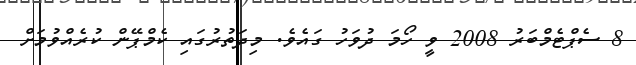
8 ސެޕްޓެމްބަރު 2008 ވީ ހޯމަ ދުވަހު ގައެވެ. މިދަތުރުގައި ކެމްޕޭން ކުރެއްވުމަށް